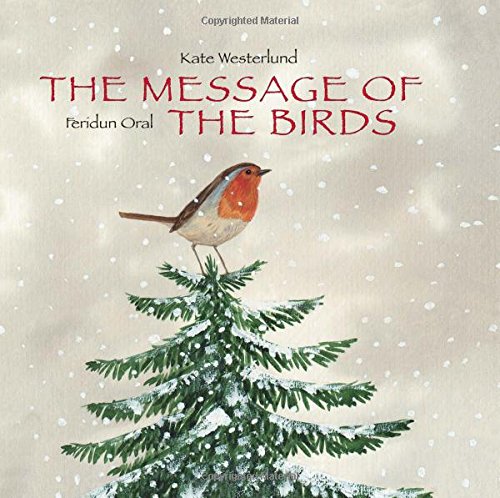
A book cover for The Message of the Birds; Kate Westerlund; Children's Books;